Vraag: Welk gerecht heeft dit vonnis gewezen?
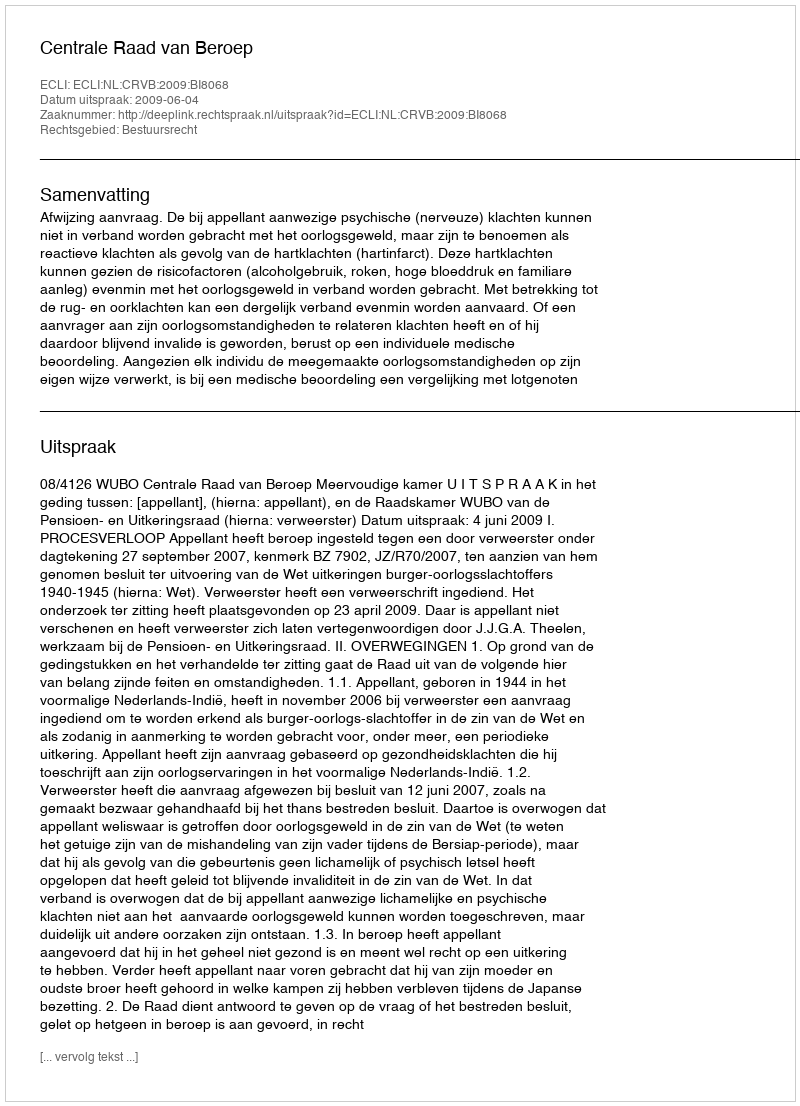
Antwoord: Centrale Raad van Beroep